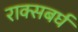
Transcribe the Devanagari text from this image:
राक्सबर्घ